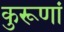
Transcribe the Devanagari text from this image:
कुरूणां